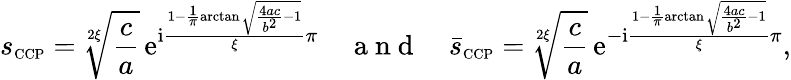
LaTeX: s_{\scriptscriptstyle{\mathrm{CCP}}}=\sqrt[2\xi]{\frac{c}{a}}\, \mathrm{e}^{\mathrm{i}\frac{1-\frac{1}{\pi}\arctan\sqrt{\frac{4ac}{b^{2}}-1}}{\xi}\pi}\quad\mathrm{~a~n~d~}\quad\bar{s}_{\scriptscriptstyle{\mathrm{CCP}}}=\sqrt[2\xi]{\frac{c}{a}}\, \mathrm{e}^{-\mathrm{i}\frac{1-\frac{1}{\pi}\arctan\sqrt{\frac{4ac}{b^{2}}-1}}{\xi}\pi},